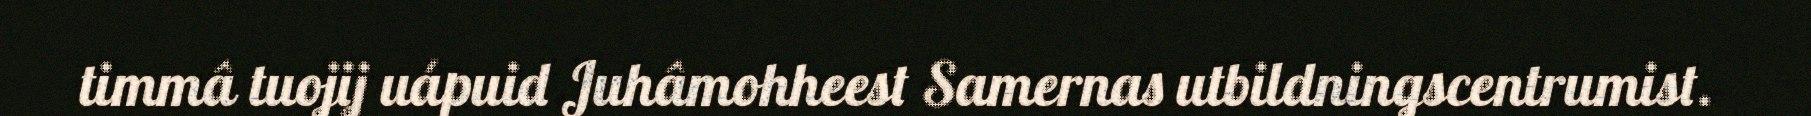
timmâ tuojij uápuid Juhâmohheest Samernas utbildningscentrumist.